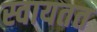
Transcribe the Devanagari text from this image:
स्वायतत